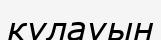
кұлауын